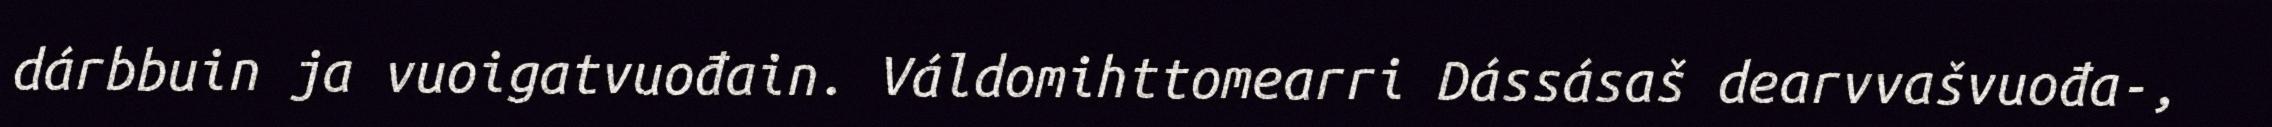
dárbbuin ja vuoigatvuođain. Váldomihttomearri Dássásaš dearvvašvuođa-,